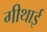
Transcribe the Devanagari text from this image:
गीथाई